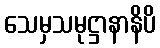
သေမှသမုဋ္ဌာနာနိပိ